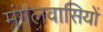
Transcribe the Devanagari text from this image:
मंगलवासियों